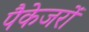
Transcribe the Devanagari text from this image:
पैकेजरों